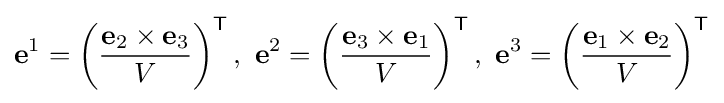
\mathbf {e} ^{1}=\left({\frac {\mathbf {e} _{2}\times \mathbf {e} _{3}}{V}}\right)^{\mathsf {T}},\ \mathbf {e} ^{2}=\left({\frac {\mathbf {e} _{3}\times \mathbf {e} _{1}}{V}}\right)^{\mathsf {T}},\ \mathbf {e} ^{3}=\left({\frac {\mathbf {e} _{1}\times \mathbf {e} _{2}}{V}}\right)^{\mathsf {T}}